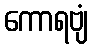
ကောရဗျံ